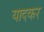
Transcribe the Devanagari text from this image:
यादकर